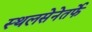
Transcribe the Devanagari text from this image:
स्थलसेनेतर्फे